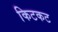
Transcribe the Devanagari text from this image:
किटकट